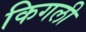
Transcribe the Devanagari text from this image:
किगली